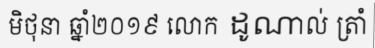
មិថុនា ឆ្នាំ២០១៩ លោក ដូណាល់ ត្រាំ